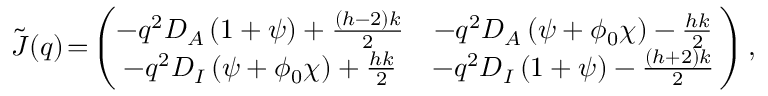
\begin{array} { r } { \tilde { \boldsymbol { J } } ( \boldsymbol q ) \! = \! \left( \! \! \! \begin{array} { c c } { - q ^ { 2 } D _ { A } \left( 1 + \psi \right) + \frac { ( h - 2 ) k } { 2 } } & { - q ^ { 2 } D _ { A } \left( \psi + \phi _ { 0 } \chi \right) - \frac { h k } { 2 } } \\ { - q ^ { 2 } D _ { I } \left( \psi + \phi _ { 0 } \chi \right) + \frac { h k } { 2 } } & { - q ^ { 2 } D _ { I } \left( 1 + \psi \right) - \frac { ( h + 2 ) k } { 2 } } \end{array} \! \! \right) , } \end{array}